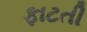
ફાટતી